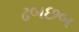
ઢબછબ